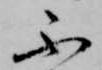
不